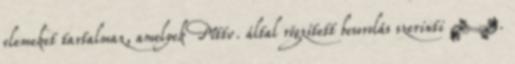
elemeket tartalmaz, amelyek Mttv. által rögzített besorolás szerinti Ⅴ.